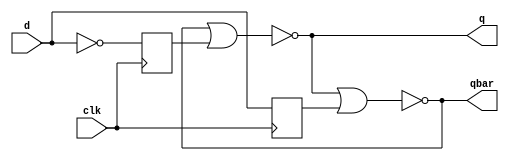
`timescale 1ns / 1ps
//////////////////////////////////////////////////////////////////////////////////
// Company: 
// Engineer: 
// 
// Design Name: 
// Module Name: shift
// Project Name: 
// Target Devices: 
// Tool Versions: 
// Description: 
// 
// Dependencies: 
// 
// Revision:
// Revision 0.01 - File Created
// Additional Comments:
// 
//////////////////////////////////////////////////////////////////////////////////


module dff(
    input d,clk,
    output q,qbar
    );
reg rr,ss;
wire qq,qqbar;

always @(negedge clk) begin
    rr=~d;
    ss=d;
end

assign qq=~(qqbar|rr);
assign qqbar=~(qq|ss);
assign q=qq;
assign qbar=qqbar;

endmodule

module shift(
    input in,clk,
    output qq0,qq1,qq2,out
    );
wire q0,q1,q2,q3;
wire q0bar,q1bar,q2bar,q3bar;

dff df0(in,clk,q0,q0bar);
dff df1(q0,clk,q1,q1bar);
dff df2(q1,clk,q2,q2bar);
dff df3(q2,clk,q3,q3bar);
assign qq0=q0;
assign qq1=q1;
assign qq2=q2;
assign out=q3;
endmodule